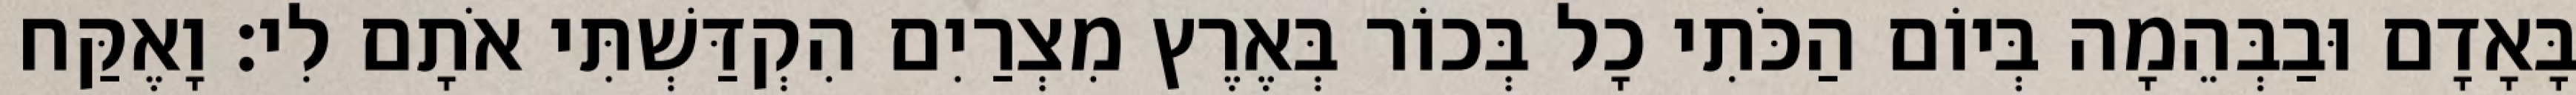
בָּאָדָם וּבַבְּהֵמָה בְּיוֹם הַכֹּתִי כָל בְּכוֹר בְּאֶרֶץ מִצְרַיִם הִקְדַּשְׁתִּי אֹתָם לִי׃ וָאֶקַּח